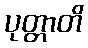
ပုတ္တာတိ